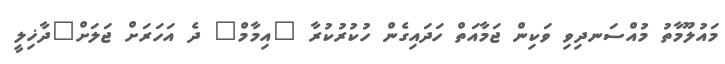
މައުލޫމާތު މުއްސަނދިވި ވަކިން ޖަމާއަތް ހަދައިގެން ހުކުރުކުރާ "އިމާމް" ދެ އަހަރަށް ޖަލަށް"ދާޚިލީ